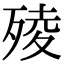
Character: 㱥